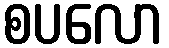
စပလော